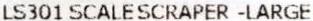
LS301 SCALESCRAPER -LARGE